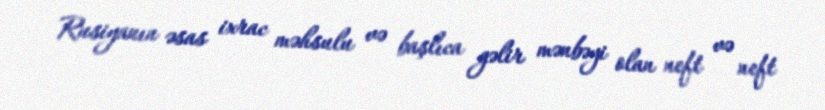
Rusiyanın əsas ixrac məhsulu və başlıca gəlir mənbəyi olan neft və neft